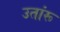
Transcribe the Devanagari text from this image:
उतांरू